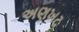
અણખટ